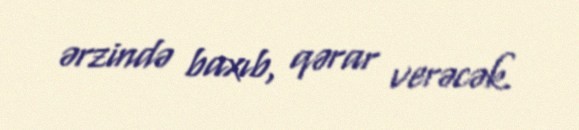
ərzində baxıb, qərar verəcək.